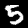
Digit: 5